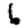
Digit: 6